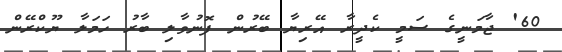
60' ޖާމަނީގެ ސަމީ ކެދީރާ އޭރިޔާ ބޭރުން ފޮނުވާލި ބާރު ހަމަލާ ޔޫކްރޭން